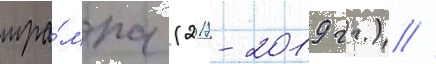
тра́мпа (2017-2019 гг.) //